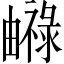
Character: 𤳨